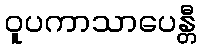
ဝူပကာသာပေန္တီ